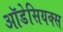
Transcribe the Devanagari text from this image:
ऑडेसियक्स